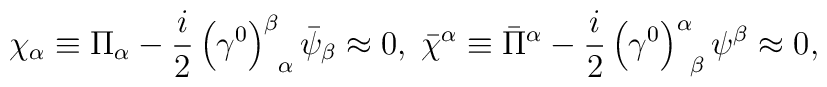
\chi _{\alpha }\equiv \Pi _{\alpha }-\frac{i}{2}\left( \gamma ^{0}\right)_{\;\;\alpha }^{\beta }\bar{\psi}_{\beta }\approx 0,\;\bar{\chi}^{\alpha}\equiv \bar{\Pi}^{\alpha }-\frac{i}{2}\left( \gamma ^{0}\right) _{\;\;\beta}^{\alpha }\psi ^{\beta }\approx 0,